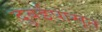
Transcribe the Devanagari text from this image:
दुबईपासून